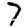
Digit: 7